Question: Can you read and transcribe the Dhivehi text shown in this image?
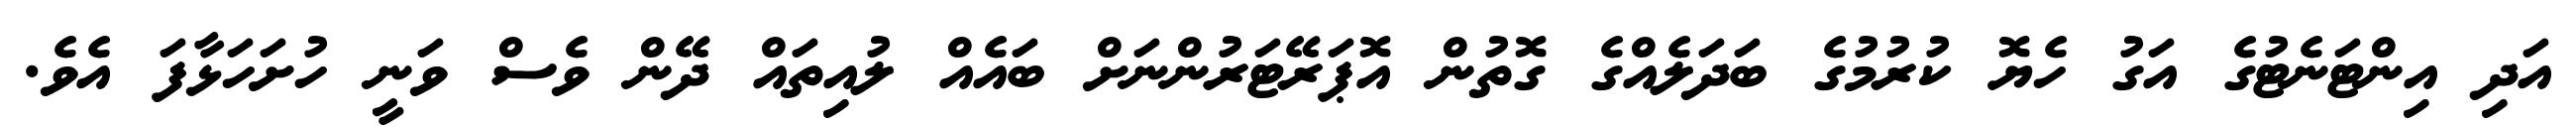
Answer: އަދި އިންޓަނެޓުގެ އަގު ހެޔޮ ކުރުމުގެ ބަދަލެއްގެ ގޮތުން އޮޕަރޭޓަރުންނަށް ބައެއް ލުއިތައް ދޭން ވެސް ވަނީ ހުށަހަޅާފަ އެވެ.